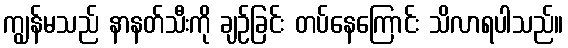
ကျွန်မသည် နာနတ်သီးကို ချဉ်ခြင်း တပ်နေကြောင်း သိလာရပါသည်။